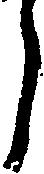
う